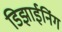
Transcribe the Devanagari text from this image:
डिझाईनिंग